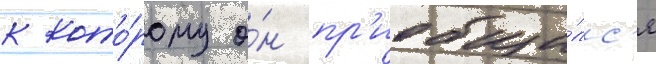
к кото́рому о́н пр'иобщи́лс'я